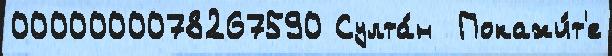
0000000078267590 Султа́н  Покажи́т'е